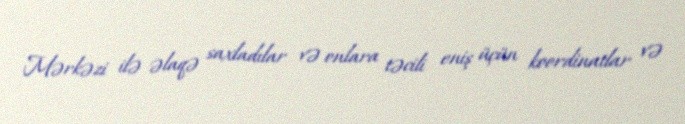
Mərkəzi ilə əlaqə saxladılar və onlara təcili eniş üçün koordinatlar və